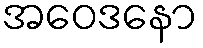
အဝေဒနော